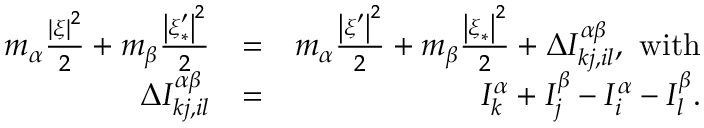
\begin{array} { r l r } { m _ { \alpha } \frac { \left\vert \boldsymbol { \xi } \right\vert ^ { 2 } } { 2 } + m _ { \beta } \frac { \left\vert \boldsymbol { \xi } _ { \ast } ^ { \prime } \right\vert ^ { 2 } } { 2 } } & { = } & { m _ { \alpha } \frac { \left\vert \boldsymbol { \xi } ^ { \prime } \right\vert ^ { 2 } } { 2 } + m _ { \beta } \frac { \left\vert \boldsymbol { \xi } _ { \ast } \right\vert ^ { 2 } } { 2 } + \Delta I _ { k j , i l } ^ { \alpha \beta } \mathrm { , ~ w i t h } } \\ { \Delta I _ { k j , i l } ^ { \alpha \beta } } & { = } & { I _ { k } ^ { \alpha } + I _ { j } ^ { \beta } - I _ { i } ^ { \alpha } - I _ { l } ^ { \beta } \mathrm { . } } \end{array}